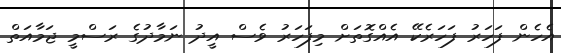
އެހެން ފަހަރު ފަހަރެކޭ އެއްގޮތަށް މިފަހަރު ވެސް އީދު ނަމާދުގެ ރަސްމީ ޖަމާއަތް